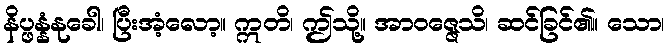
နိပ္ဖန္နံနုခေါ၊ ပြီးအံ့လော့။ ဣတိ၊ ဤသို့။ အာဝဇ္ဇေသိ၊ ဆင်ခြင်၏။ သော၊